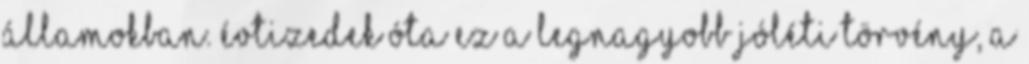
Államokban. Évtizedek óta ez a legnagyobb jóléti törvény, a